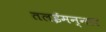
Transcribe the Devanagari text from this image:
तलईमन्नार